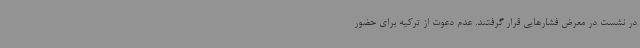
در نشست در معرض فشارهایی قرار گرفتند. عدم دعوت از ترکیه برای حضور